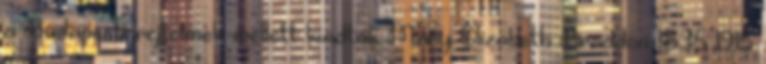
a Budapesti rejtelmek mellett kiadták Mary Elizabeth Braddon 1835–1915